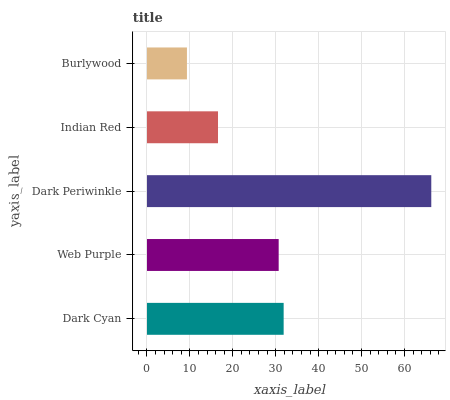
| yaxis_label | bars |
 | --- | --- |
 | Dark Cyan | 31.9 |
 | Web Purple | 30.7 |
 | Dark Periwinkle | 66.3 |
 | Indian Red | 16.6 |
 | Burlywood | 9.31 |